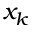
x _ { k }